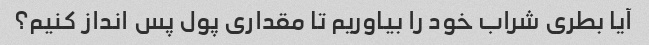
آیا بطری شراب خود را بیاوریم تا مقداری پول پس انداز کنیم؟